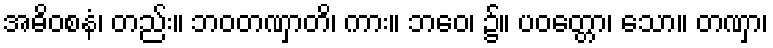
အဓိဝစနံ၊ တည်း။ ဘဝတဏှာတိ၊ ကား။ ဘဝေ၊ ၌။ ပဝတ္တော၊ သော။ တဏှာ၊